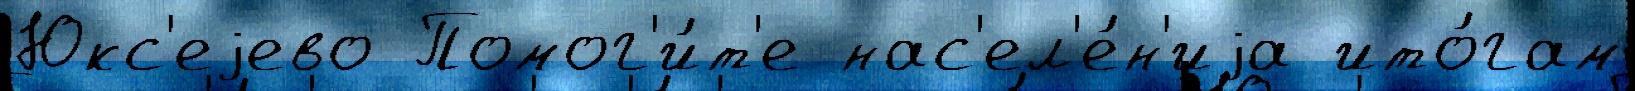
Юкс'еjево Помог'и́т'е нас'ел'е́н'иjа ито́гам